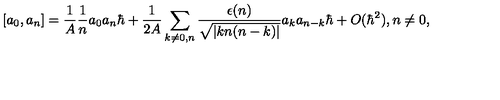
[ a _ { 0 } , a _ { n } ] = { \frac { 1 } { A } } { \frac { 1 } { n } } a _ { 0 } a _ { n } \hbar + { \frac { 1 } { 2 A } } \sum _ { k \ne 0 , n } { \frac { \epsilon ( n ) } { \sqrt { | k n ( n - k ) | } } } a _ { k } a _ { n - k } \hbar + O ( \hbar ^ { 2 } ) , n \ne 0 ,